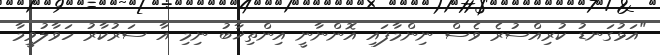
"އަޅުގަނޑު ކުރިއްސުރެ ވެސް ނިންމާފައި އޮންނާނީ އިންތިޚާބު ނިމި އާ ސަރުކާރު ހަވާލުވީމާ